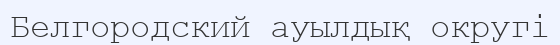
Белгородский ауылдық округі